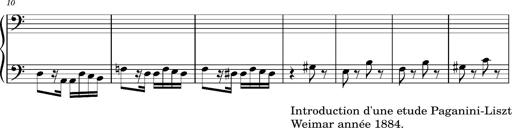
Title: 2 Album-Leaves, S.166y
Composer: Franz Liszt
Key: A minor